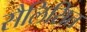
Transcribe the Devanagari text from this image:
सैलिसित